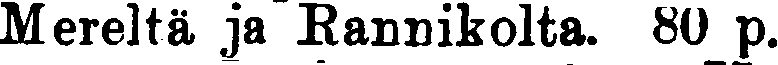
Mereltä ja Rannikolta. 80 p.